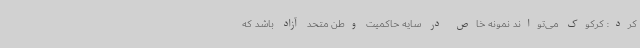
کرد: کرکوک می‌تواند نمونه خاص در سایه حاکمیت وطن متحد آزاد باشد که